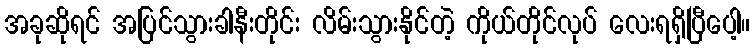
အခုဆိုရင် အပြင်သွားခါနီးတိုင်း လိမ်းသွားနိုင်တဲ့ ကိုယ်တိုင်လုပ် လေးရရှိပြီပေါ့။